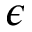
\epsilon